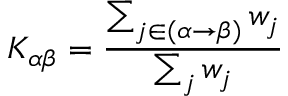
K _ { \alpha \beta } = \frac { \sum _ { j \in ( \alpha \rightarrow \beta ) } w _ { j } } { \sum _ { j } w _ { j } }